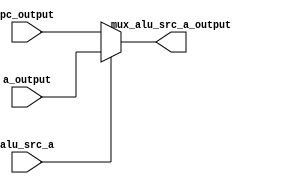
module MuxALUSrcA (
  input  wire        alu_src_a,
  input  wire [31:0] pc_output,
  input  wire [31:0] a_output,
  output wire [31:0] mux_alu_src_a_output
);

assign mux_alu_src_a_output = alu_src_a ? a_output : pc_output;

endmodule